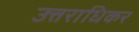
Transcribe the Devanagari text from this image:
उत्तराधिकर